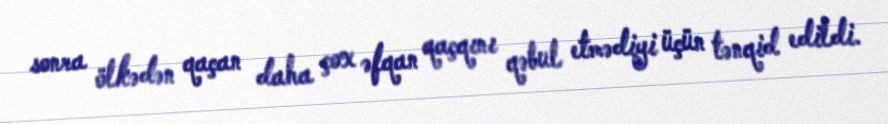
sonra ölkədən qaçan daha çox əfqan qaçqını qəbul etmədiyi üçün tənqid edildi.